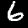
Digit: 6